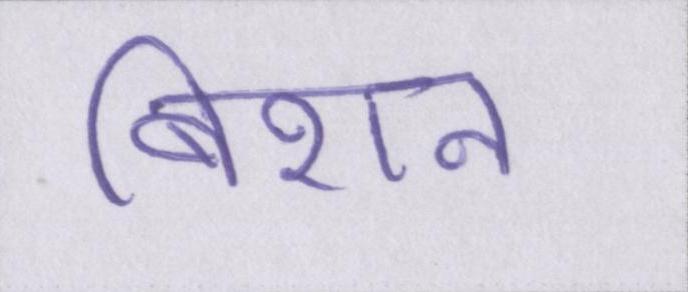
बिशन